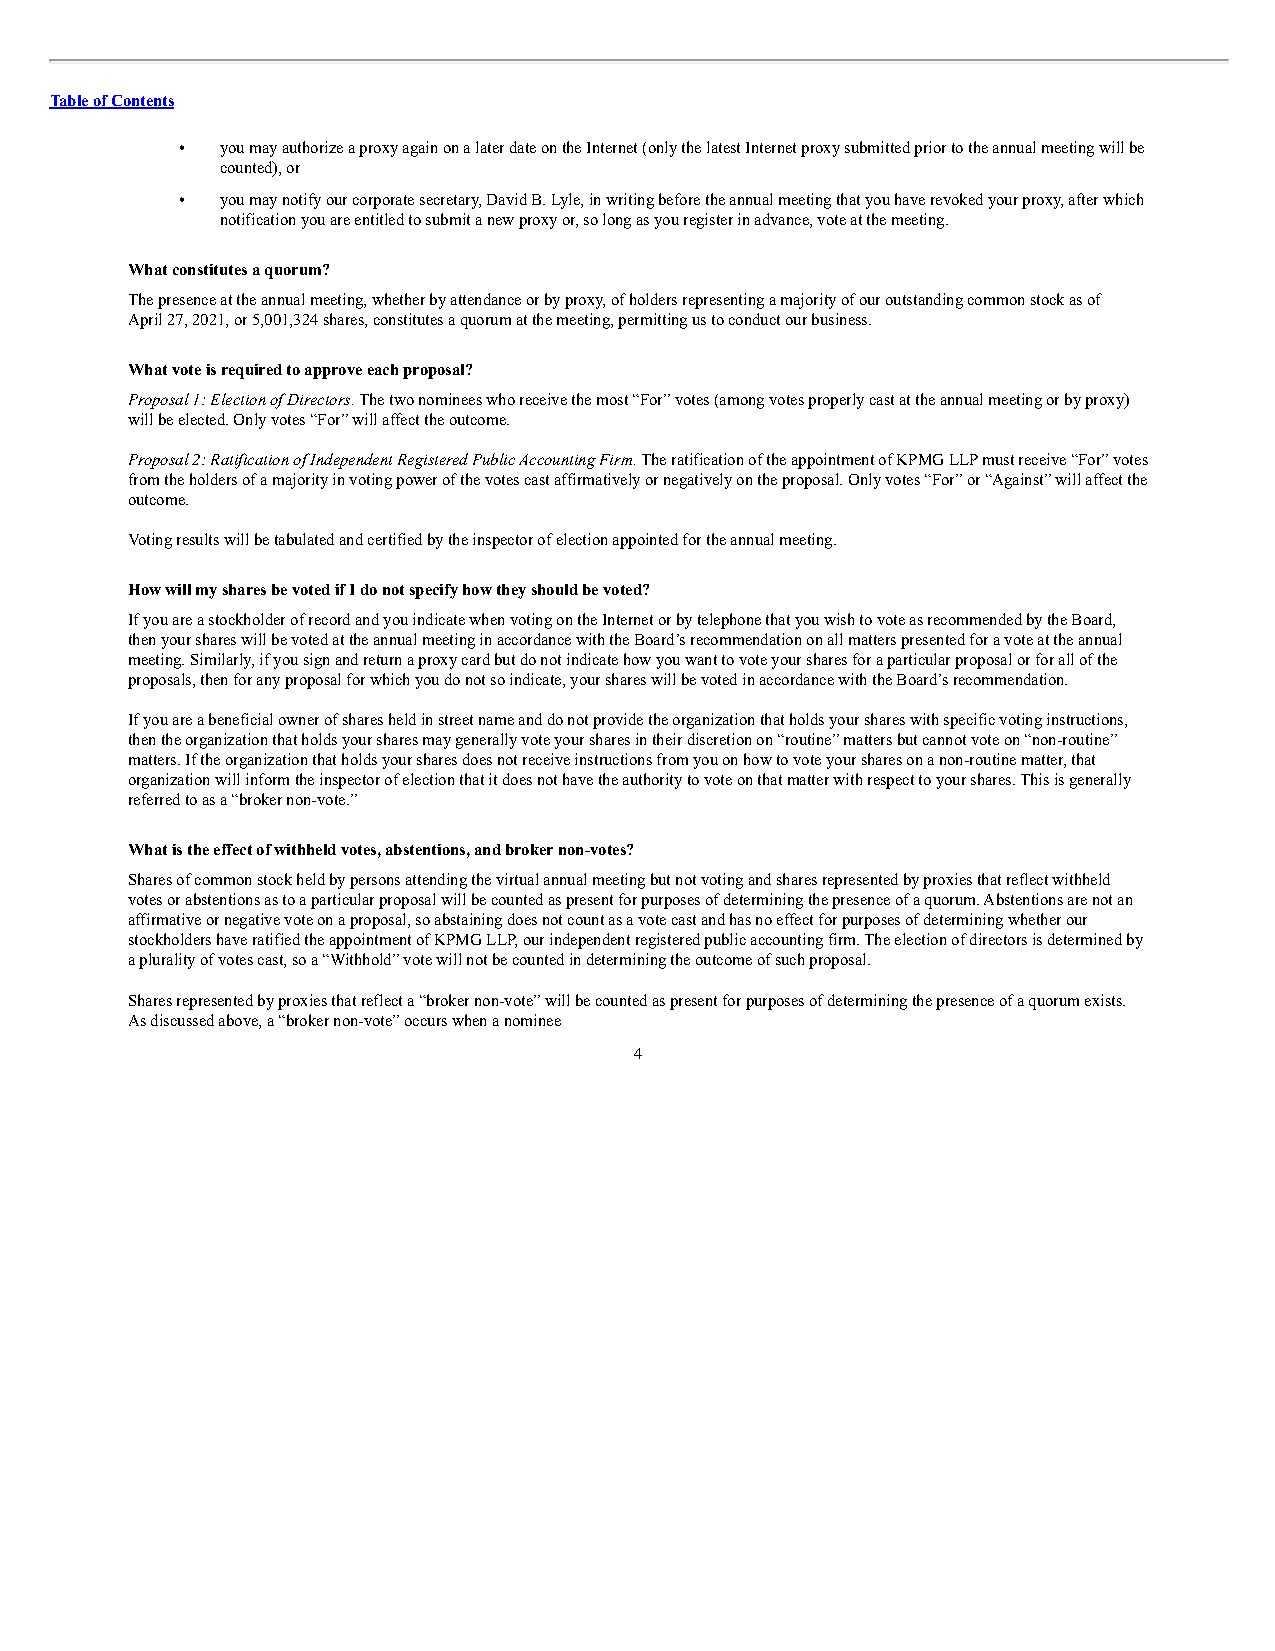
Table of Contents
 •  you may authorize a proxy again on a later date on the Internet (only the latest Internet proxy submitted prior to the annual meeting will be
 counted), or
 •  you may notify our corporate secretary, David B. Lyle, in writing before the annual meeting that you have revoked your proxy, after which
 notification you are entitled to submit a new proxy or, so long as you register in advance, vote at the meeting.
 What constitutes a quorum?
 The presence at the annual meeting, whether by attendance or by proxy, of holders representing a majority of our outstanding common stock as of
 April 27, 2021, or 5,001,324 shares, constitutes a quorum at the meeting, permitting us to conduct our business.
 What vote is required to approve each proposal?
 Proposal 1: Election of Directors. The two nominees who receive the most “For” votes (among votes properly cast at the annual meeting or by proxy)
 will be elected. Only votes “For” will affect the outcome.
 Proposal 2: Ratification of Independent Registered Public Accounting Firm. The ratification of the appointment of KPMG LLP must receive “For” votes
 from the holders of a majority in voting power of the votes cast affirmatively or negatively on the proposal. Only votes “For” or “Against” will affect the
 outcome.
 Voting results will be tabulated and certified by the inspector of election appointed for the annual meeting.
 How will my shares be voted if I do not specify how they should be voted?
 If you are a stockholder of record and you indicate when voting on the Internet or by telephone that you wish to vote as recommended by the Board,
 then your shares will be voted at the annual meeting in accordance with the Board’s recommendation on all matters presented for a vote at the annual
 meeting. Similarly, if you sign and return a proxy card but do not indicate how you want to vote your shares for a particular proposal or for all of the
 proposals, then for any proposal for which you do not so indicate, your shares will be voted in accordance with the Board’s recommendation.
 If you are a beneficial owner of shares held in street name and do not provide the organization that holds your shares with specific voting instructions,
 then the organization that holds your shares may generally vote your shares in their discretion on “routine” matters but cannot vote on “non-routine”
 matters. If the organization that holds your shares does not receive instructions from you on how to vote your shares on a non-routine matter, that
 organization will inform the inspector of election that it does not have the authority to vote on that matter with respect to your shares. This is generally
 referred to as a “broker non-vote.”
 What is the effect of withheld votes, abstentions, and broker non-votes?
 Shares of common stock held by persons attending the virtual annual meeting but not voting and shares represented by proxies that reflect withheld
 votes or abstentions as to a particular proposal will be counted as present for purposes of determining the presence of a quorum. Abstentions are not an
 affirmative or negative vote on a proposal, so abstaining does not count as a vote cast and has no effect for purposes of determining whether our
 stockholders have ratified the appointment of KPMG LLP, our independent registered public accounting firm. The election of directors is determined by
 a plurality of votes cast, so a “Withhold” vote will not be counted in determining the outcome of such proposal.
 Shares represented by proxies that reflect a “broker non-vote” will be counted as present for purposes of determining the presence of a quorum exists.
 As discussed above, a “broker non-vote” occurs when a nominee
 4